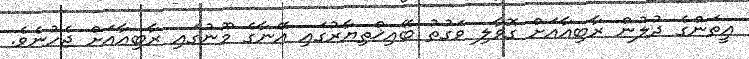
އީތަންގެ ދުލުން ރާބިއާއަށް ގޮވާލި ވަގުތު ބޭއިޚްތިޔާރުގައި އޭނާގެ މޫނުގައި ރާބިއާއަށް ޖެހުނެވެ.